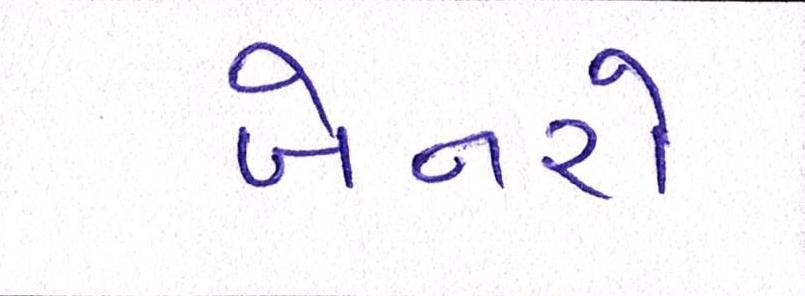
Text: બેનરો